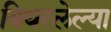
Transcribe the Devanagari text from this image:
बिथरलेल्या